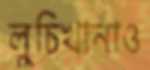
লুচিখানাও